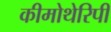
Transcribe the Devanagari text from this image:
कीमोथेरिपी